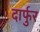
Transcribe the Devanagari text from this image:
दार्फुर